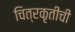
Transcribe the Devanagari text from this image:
चित्रकृतींची